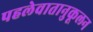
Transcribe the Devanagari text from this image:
पहलेवातानुकूलन